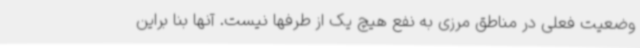
وضعیت فعلی در مناطق مرزی به نفع هیچ یک از طرفها نیست. آنها بنا براین